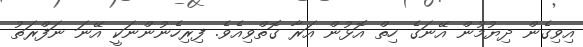
އިވިގެން ދިޔުމުން އޭނަގެ ހިތް އޮޅުން އަރާ ގޮތްވިއެވެ. ފިރިހެނުންނަކީ އޭނަ ނަފްރަތު